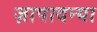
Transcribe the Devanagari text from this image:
ज़ापादन्या